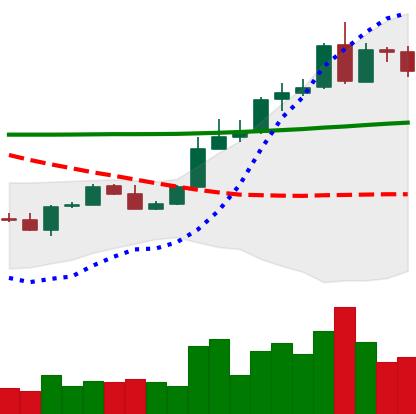
Ticker: ADA-USD
Chart end date: 2020-05-03
Forward return: 6.896%
Label: up_5_7